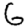
Digit: 6